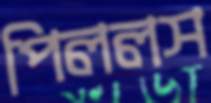
পিললস